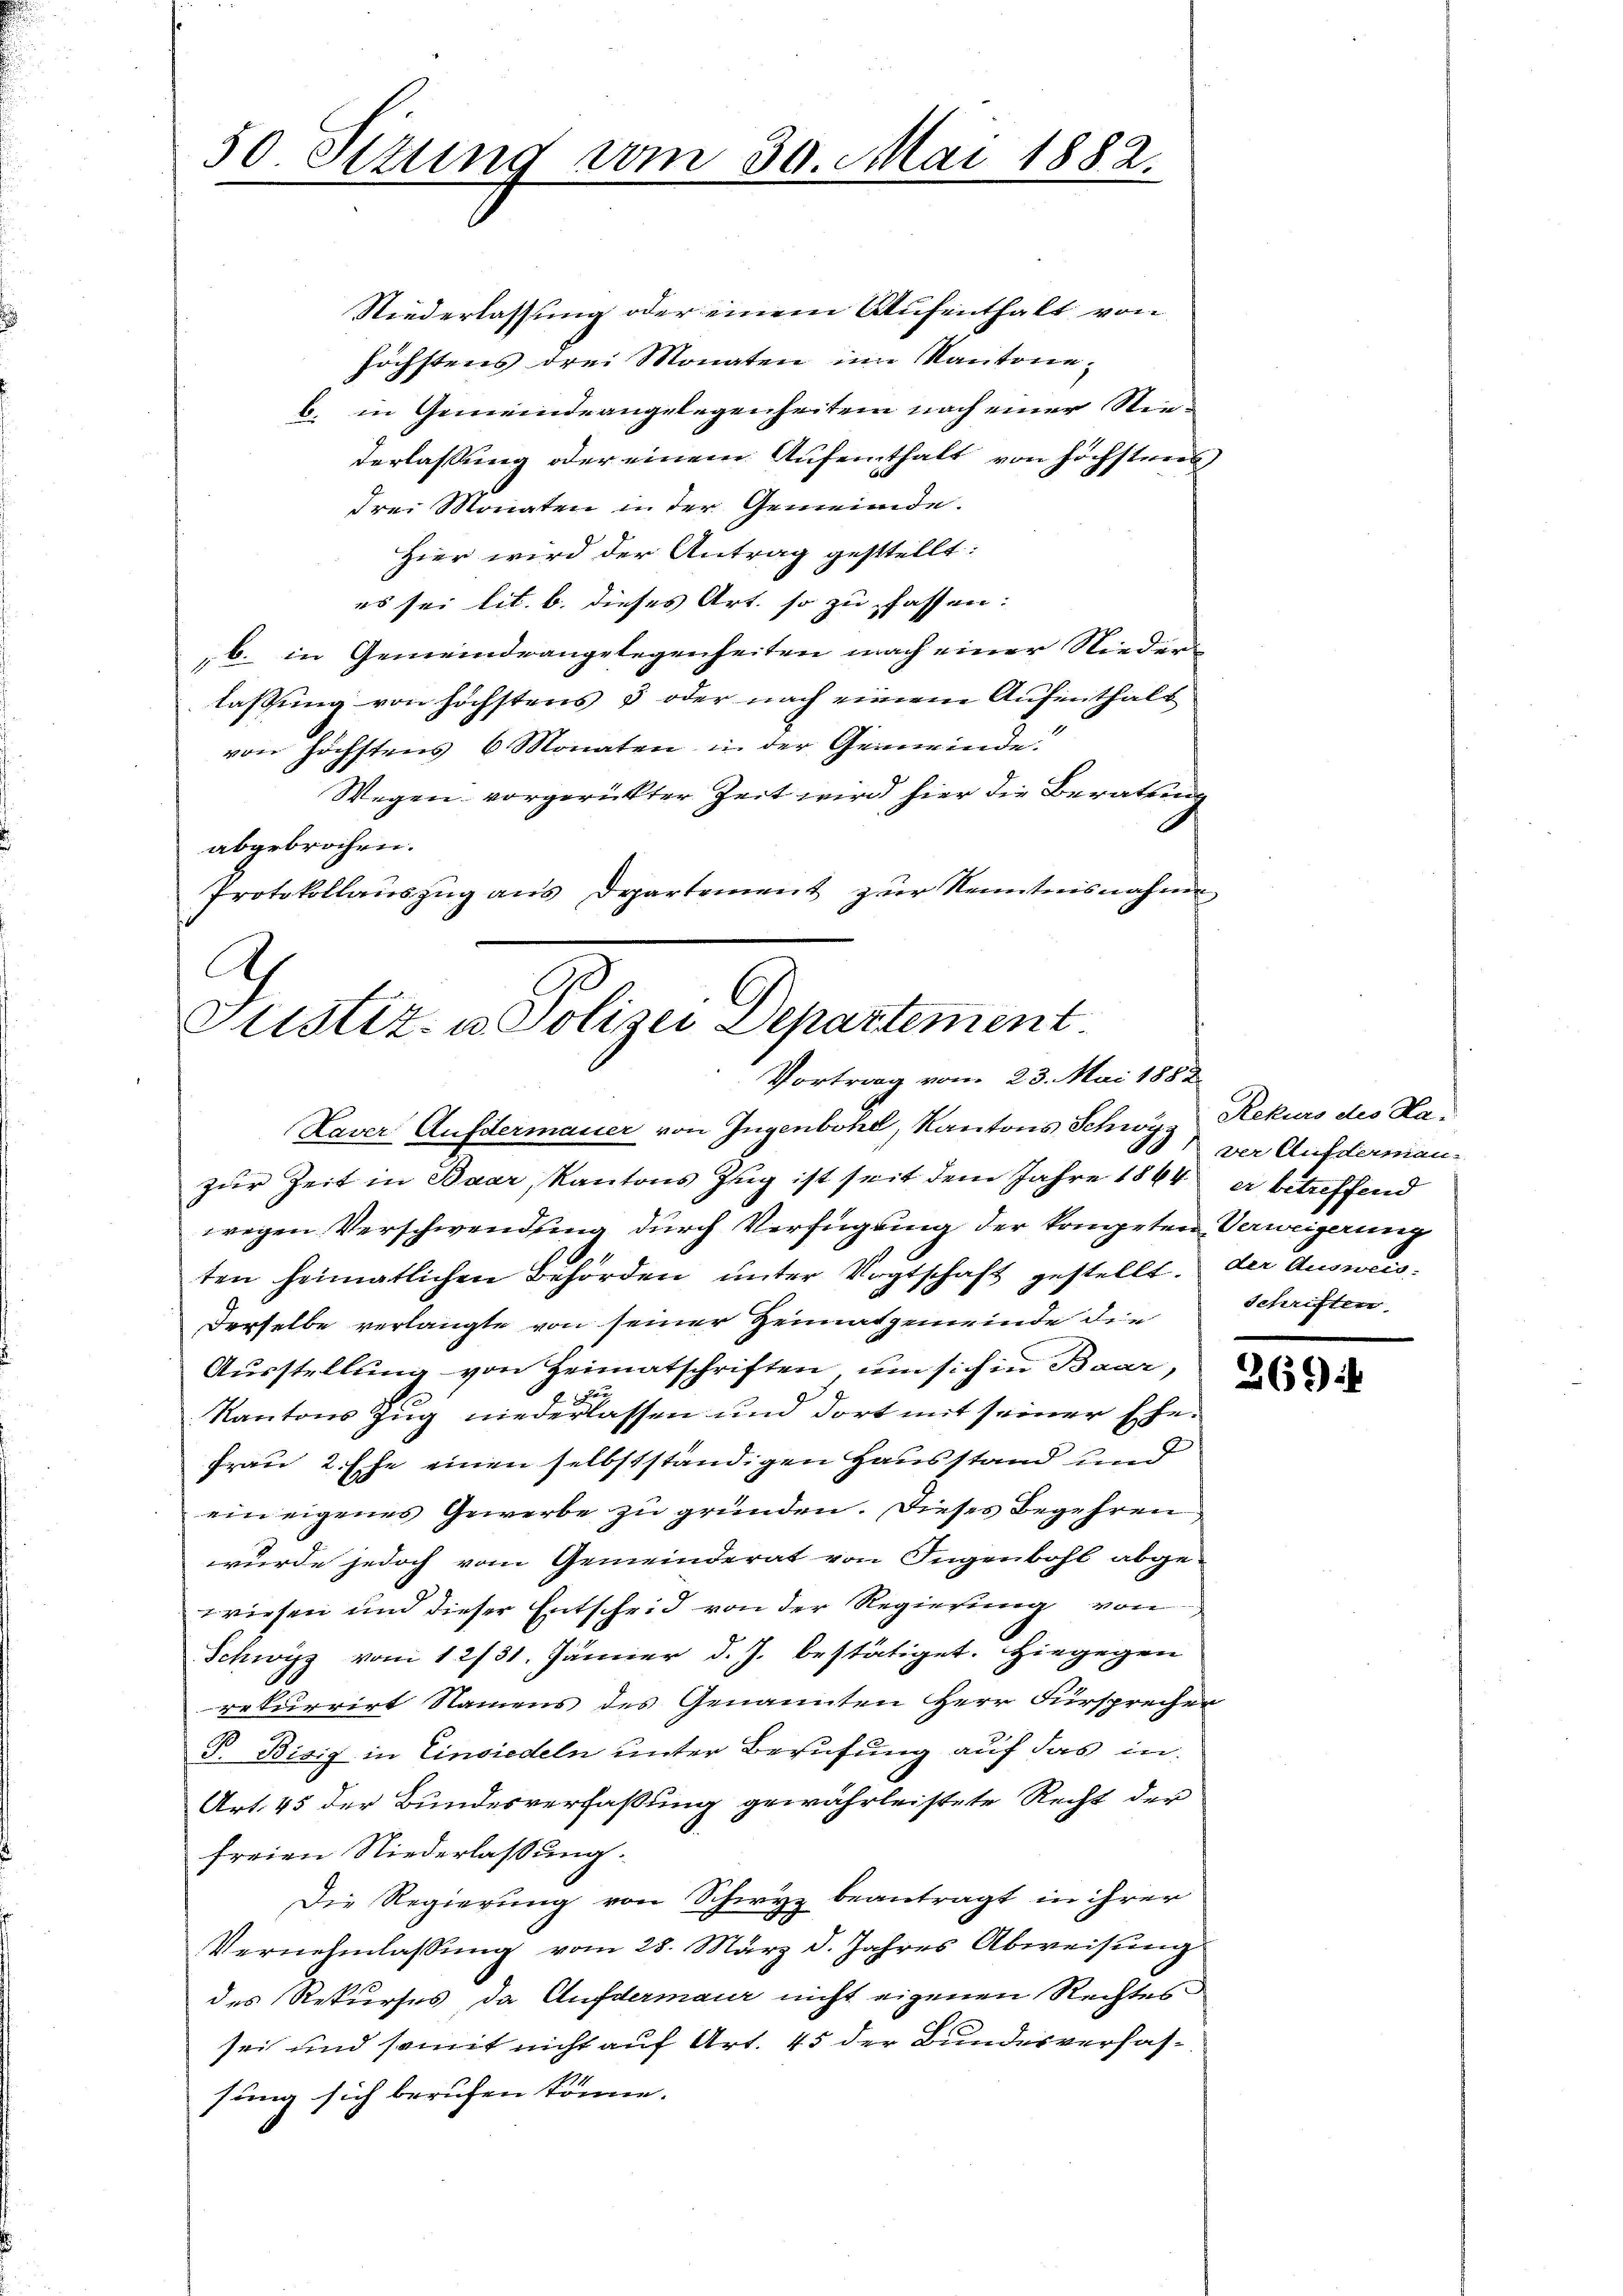
50 Sizung vom 30. Mai 1882.
.

Plustiz- u. Polizei Departement
Vortrag vom 23. Mai 1882
Laver Aufdermauer von Ingenbohl, Kantons Schwur Rekurs des Ha¬

Niederlassung oder einem Aufenthalt von
höchstens drei Monaten im Kantone,
b. in Gemeindeangelegenheiten nach einer Niederlassung oder einem Aufenthalt von höchsteren,
drei Monaten in der Gemeinde.
Hier wird der Antrag gestellt:
es sei lit. b. dieses Art. so zu fassen:
b. in Gemeindrangelegenheiten nach einer Nieder
lassung von höchstens 5 oder nach einem Aufenthalt
von höchstens 6 Monaten in der Gemeinde.
Wegen vorgerückter Zeit wird hier die Beratung
abgebrochen.
Protokollaŭszŭg ans Departement zŭr Kenntnisnahme
A

1
zur Zeit in Baar, Kantons Zug ist seit dem Jahre 1864 er betreffend
wegen Verschwendung durch Verfügung der kompeten Verweigerung
ten heimatlichen Behörden unter Vogtschaft gestellt. der Auswanderselbe verlangte von seiner Heimatgemeinde die Schriften,
Ausstellung von Heimatschriften, um sich in Baar,
d
2
Kantons Zug niederlassen und dort mit seiner Ehe¬
Frau 2. Ehe einen selbstständigen Hausstand und
ein eigenes Gewerbe zu gründen. Dieses Begehren
wurde jedoch vom Gemeinderat von Jugenbohl abgewiesen und dieser Entscheid von der Regierung von
Schwyz vom 12/31. Jänner d. J. bestätiget. Hiegegen
rekurrirt Namens des Genannten Herr Fürsprecher
P. Bisig in Einsiedeln unter Berufung auf das in
Art. 45 der Bundesverfaßung gewährleistete Recht der
freien Niederlassung.
Die Regierung von Schwyz beantragt in ihrer
Vernehmlassung vom 28. März d. Jahres Abweisung
des Rekurses, da Aufdermaur nicht eigenen Rechtes
sei und somit nicht auf Art. 45 der Bundesverhassung sich berufen könne.

Der Aufdermann

269.